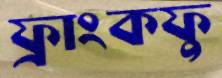
ফ্রাংকফু